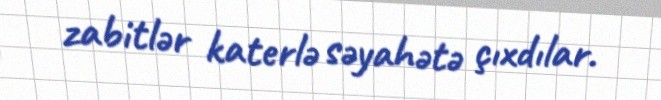
zabitlər katerlə səyahətə çıxdılar.